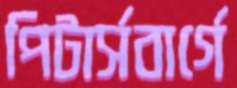
পিটার্সবার্গে